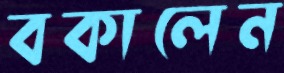
বকালেন